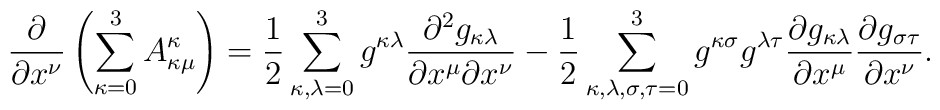
\frac{\partial }{\partial x^{\nu}} \left( \sum_{\kappa = 0}^{3} A_{\kappa \mu}^{\kappa} \right) =\frac{1}{2} \sum_{\kappa, \lambda = 0}^{3} g^{\kappa \lambda}\frac{\partial^{2} g_{\kappa \lambda}}{\partial x^{\mu}\partial x^{\nu}} -\frac{1}{2} \sum_{\kappa, \lambda, \sigma, \tau = 0}^{3} g^{\kappa \sigma}g^{\lambda \tau}\frac{\partial g_{\kappa \lambda}}{\partial x^{\mu}}\frac{\partial g_{\sigma \tau}}{\partial x^{\nu}}.